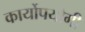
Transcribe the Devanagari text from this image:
कार्योपयोगी